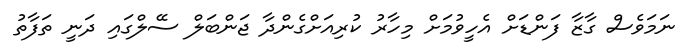
ނަމަވެސް ގާޒާ ފަންޑަށް އެހީވުމަށް މިހާރު ކުރިއަށްގެންދާ ޖަންބަލް ސޭލްގައި ދަނީ ތަފާތު